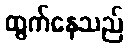
ထွက်နေသည်